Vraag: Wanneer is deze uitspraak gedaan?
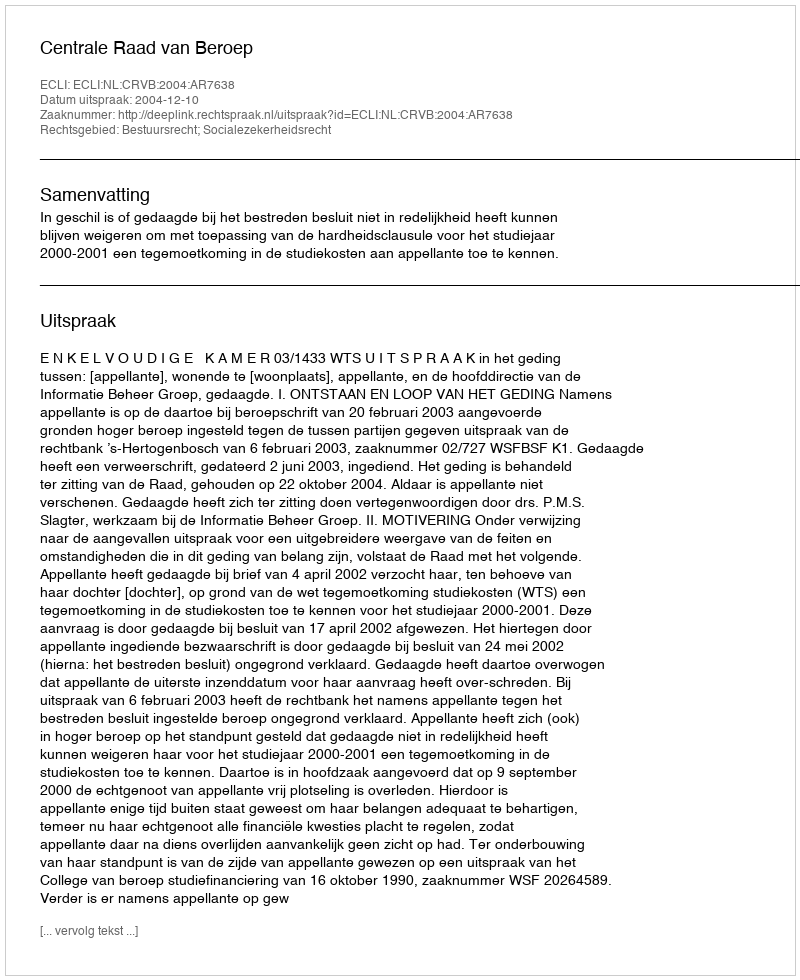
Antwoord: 2004-12-10